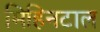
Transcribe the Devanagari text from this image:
मिहिनटाल